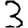
Digit: 3